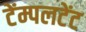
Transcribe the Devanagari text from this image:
टेंम्पलटेंट